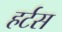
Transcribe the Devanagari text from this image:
हर्टस